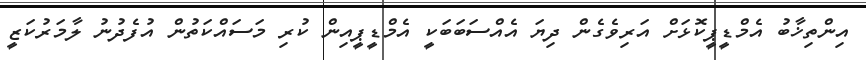
އިންތިޚާބު އެމްޑީޕީކޮޅަށް އަރިވެގެން ދިޔަ އެއްސަބަބަކީ އެމްޑީޕީއިން ކުރި މަސައްކަތުން އުފެދުނު ލާމަރުކަޒީ